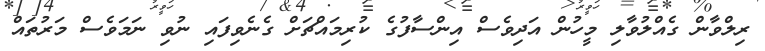
ރިލްވާން ގެއްލުވާލި މީހުން އަދިވެސް އިންސާފުގެ ކުރިމައްޗަށް ގެނެވިފައި ނުވި ނަމަވެސް މަރުތައް